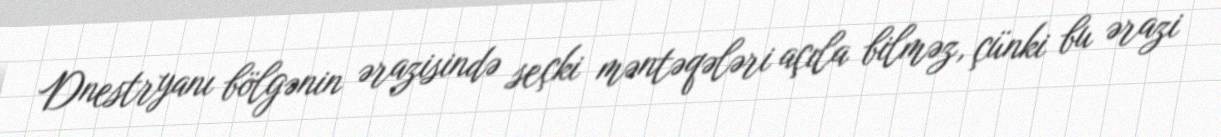
Dnestryanı bölgənin ərazisində seçki məntəqələri açıla bilməz, çünki bu ərazi